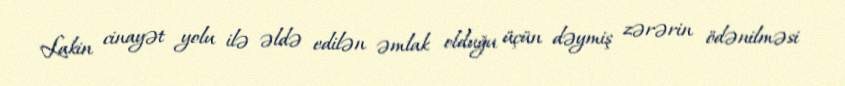
Lakin cinayət yolu ilə əldə edilən əmlak olduğu üçün dəymiş zərərin ödənilməsi